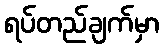
ရပ်တည်ချက်မှာ